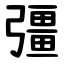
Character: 彊